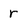
Character: r